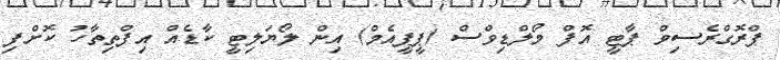
ޕްރޮގްރެސިވް ޕާޓީ އޮފް މޯލްޑިވްސް (ޕީޕީއެމް) އިން ލޯޔަލިޓީ ކާޑެއް އިފްތިތާހު ކޮށްފި